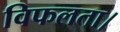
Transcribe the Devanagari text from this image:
विफलता।